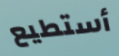
أستطيع